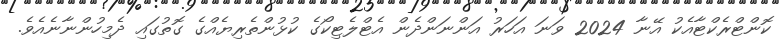
ކޮންޓްރެކްޓާއެކު އޭނާ 2024 ވަނަ އަހަރު އަންނަންދެން އެޓްލެޓިކޯގެ ކުޅުންތެރިޔެއްގެ ގޮތުގައި ދެމިހުންނާނެއެވެ.